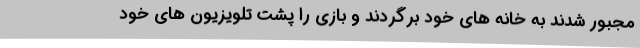
مجبور شدند به خانه های خود برگردند و بازی را پشت تلویزیون های خود